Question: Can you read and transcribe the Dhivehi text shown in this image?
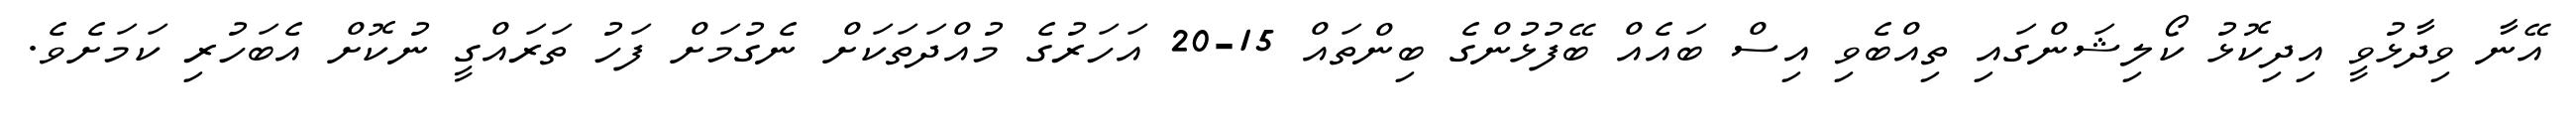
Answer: އޭނާ ވިދާޅުވީ އިދިކޮޅު ކޯލިޝަންގައި ތިއްބެވި އިސް ބައެއް ބޭފުޅުންގެ ބިންތައް 15-20 އަހަރުގެ މުއްދަތަކަށް ނެގުމަށް ފަހު ތަރައްގީ ނުކޮށް އެބަހުރި ކަމަށެވެ.